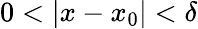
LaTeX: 0<|x-x_{0}|<\delta